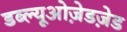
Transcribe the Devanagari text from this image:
डब्ल्यूओज़ेडज़ेड